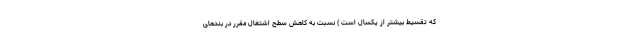
که تقسیط بیشتر از یکسال است ) نسبت به کاهش سطح اشتغال مقرر در بندهای